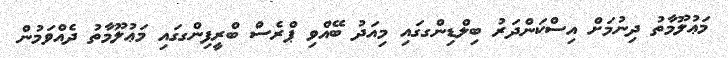
މަޢުލޫމާތު ދިނުމަށް އިސްކަންދަރު ބިލްޑިންގގައި މިއަދު ބޭއްވި ޕްރެސް ބްރީފިންގގައި މަޢުލޫމާތު ދެއްވަމުން